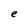
Character: e